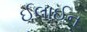
ઈલાઈન